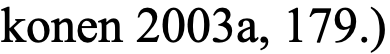
konen 2003a, 179.)